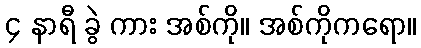
၄ နာရီ ခွဲ ကား အစ်ကို။ အစ်ကိုကရော။